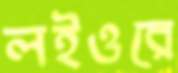
লইওরে